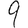
Digit: 9